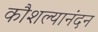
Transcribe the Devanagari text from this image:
कौशल्यानंदन